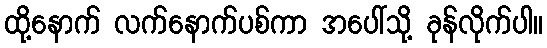
ထို့နောက် လက်နောက်ပစ်ကာ အပေါ်သို့ ခုန်လိုက်ပါ။